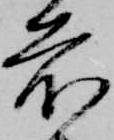
前